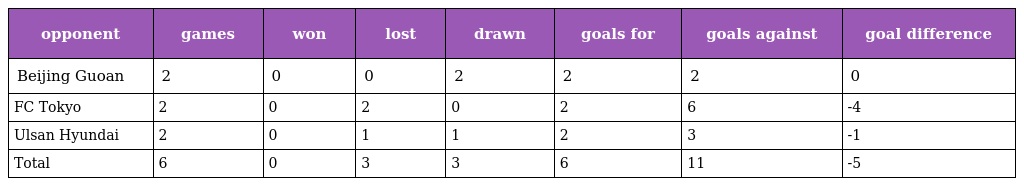
| opponent | games | won | lost | drawn | goals for | goals against | goal difference |
 | --- | --- | --- | --- | --- | --- | --- | --- |
 | Beijing Guoan | 2 | 0 | 0 | 2 | 2 | 2 | 0 |
 | FC Tokyo | 2 | 0 | 2 | 0 | 2 | 6 | -4 |
 | Ulsan Hyundai | 2 | 0 | 1 | 1 | 2 | 3 | -1 |
 | Total | 6 | 0 | 3 | 3 | 6 | 11 | -5 |